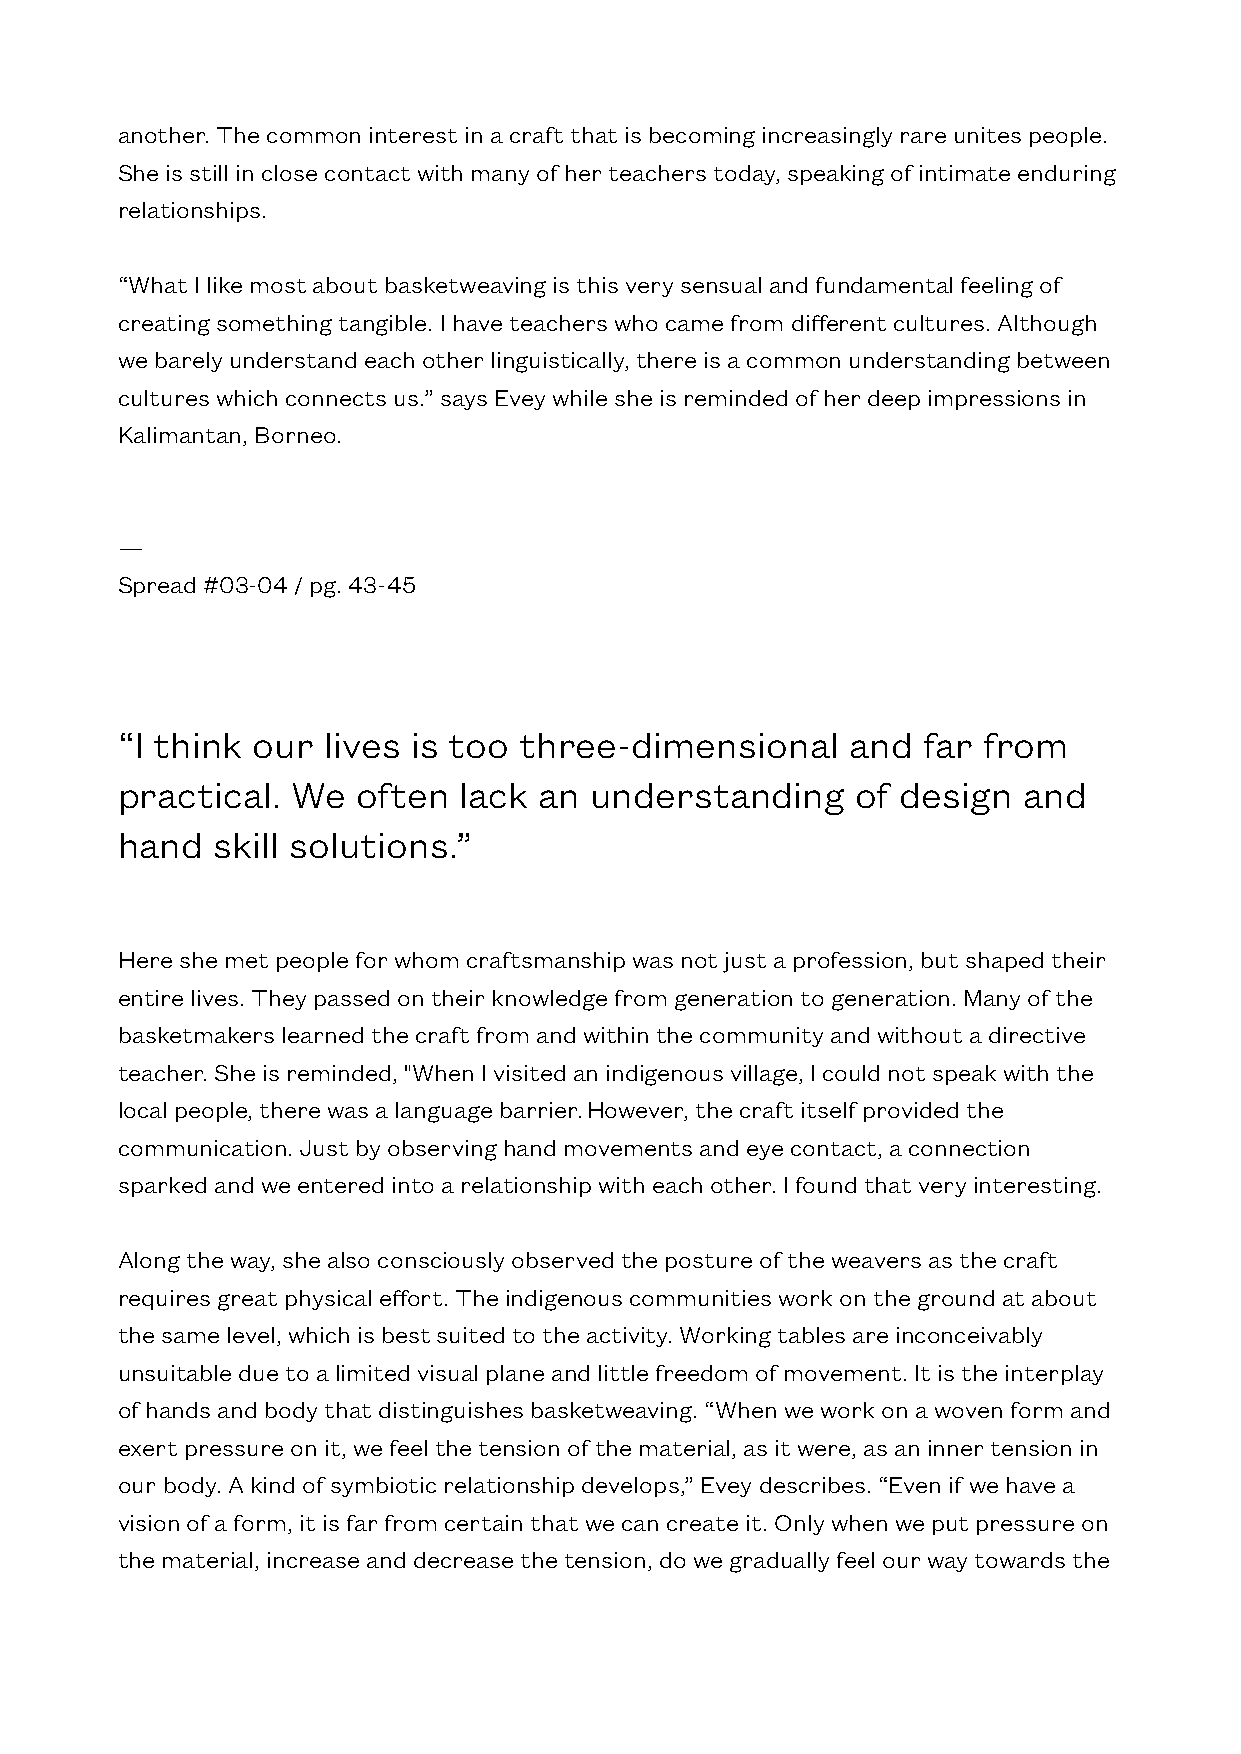
another. The common interest in a craft that is becoming increasingly rare unites people.
 She is still in close contact with many of her teachers today, speaking of intimate enduring
 relationships.
 “What I like most about basketweaving is this very sensual and fundamental feeling of
 creating something tangible. I have teachers who came from different cultures. Although
 we barely understand each other linguistically, there is a common understanding between
 cultures which connects us.” says Evey while she is reminded of her deep impressions in
 Kalimantan, Borneo.
 —
 Spread #03-04 / pg. 43-45
 “I think our lives is too three-dimensional     and  far from
 practical. We   often lack  an understanding     of design  and
 hand  skill solutions.”
 Here she met people for whom craftsmanship was not just a profession, but shaped their
 entire lives. They passed on their knowledge from generation to generation. Many of the
 basketmakers learned the craft from and within the community and without a directive
 teacher. She is reminded, "When I visited an indigenous village, I could not speak with the
 local people, there was a language barrier. However, the craft itself provided the
 communication. Just by observing hand movements and eye contact, a connection
 sparked and we entered into a relationship with each other. I found that very interesting.
 Along the way, she also consciously observed the posture of the weavers as the craft
 requires great physical effort. The indigenous communities work on the ground at about
 the same level, which is best suited to the activity. Working tables are inconceivably
 unsuitable due to a limited visual plane and little freedom of movement. It is the interplay
 of hands and body that distinguishes basketweaving. “When we work on a woven form and
 exert pressure on it, we feel the tension of the material, as it were, as an inner tension in
 our body. A kind of symbiotic relationship develops,” Evey describes. “Even if we have a
 vision of a form, it is far from certain that we can create it. Only when we put pressure on
 the material, increase and decrease the tension, do we gradually feel our way towards the